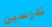
تدرسين